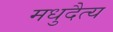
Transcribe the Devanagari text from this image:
मधुदैत्य